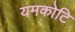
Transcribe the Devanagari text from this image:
यमकोटि